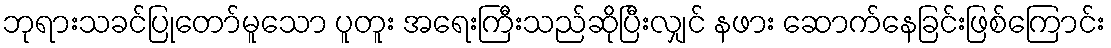
ဘုရားသခင်ပြုတော်မူသော ပူတူး အရေးကြီးသည်ဆိုပြီးလျှင် နဖား ဆောက်နေခြင်းဖြစ်ကြောင်း